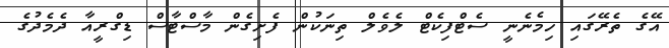
އޭގެ ތެރޭގައި ހިމެނެނީ ސެޓްފިކެޓް ލެވެލް ތިނަކުން ފެށިގެން މާސްޓާސް ޑިގްރީއާ ދެމެދުގެ